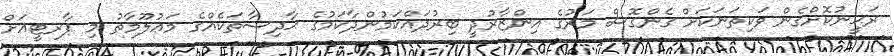
ރަޙީނުކޮށްގެން ވަކިތަނަކަށް ގެންގޮސް މަރުގެ އިންޒާރުދީ ބިރުދައްކަމުންދާކަމުގެ ޙާދިސާތަކެއްގެ މަޢުލޫމާތު މި ޕާރޓީއަށް